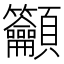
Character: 𥸤